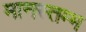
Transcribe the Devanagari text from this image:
मानस्तम्भ